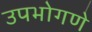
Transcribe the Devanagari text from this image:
उपभोगणे